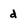
Character: d